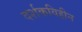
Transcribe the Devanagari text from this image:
दर्शकविहीन